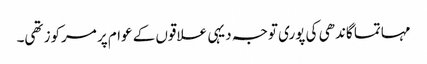
مہاتما گاندھی کی پوری توجہ دیہی علاقوں کے عوام پر مرکوز تھی۔